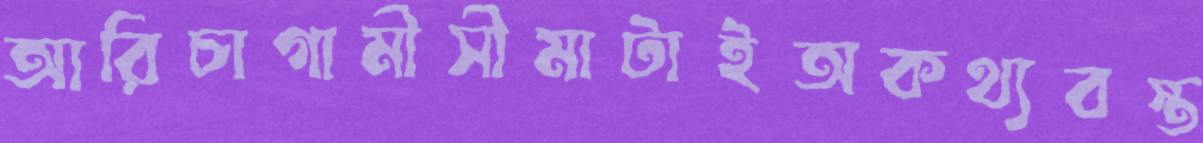
আরিচাগামীসীমাটাইঅকথ্যবস্ত